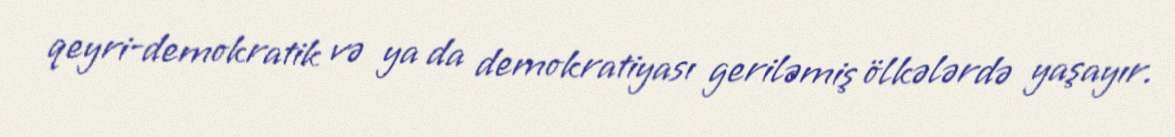
qeyri-demokratik və ya da demokratiyası geriləmiş ölkələrdə yaşayır.